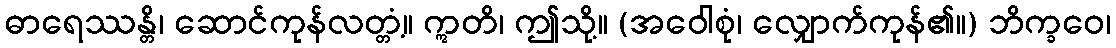
ဓာရေဿန္တိ၊ ဆောင်ကုန်လတ္တံ့။ ဣတိ၊ ဤသို့။ (အဝေါစုံ၊ လျှောက်ကုန်၏။) ဘိက္ခဝေ၊